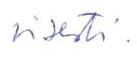
visesti.